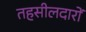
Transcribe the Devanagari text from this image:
तहसीलदारों